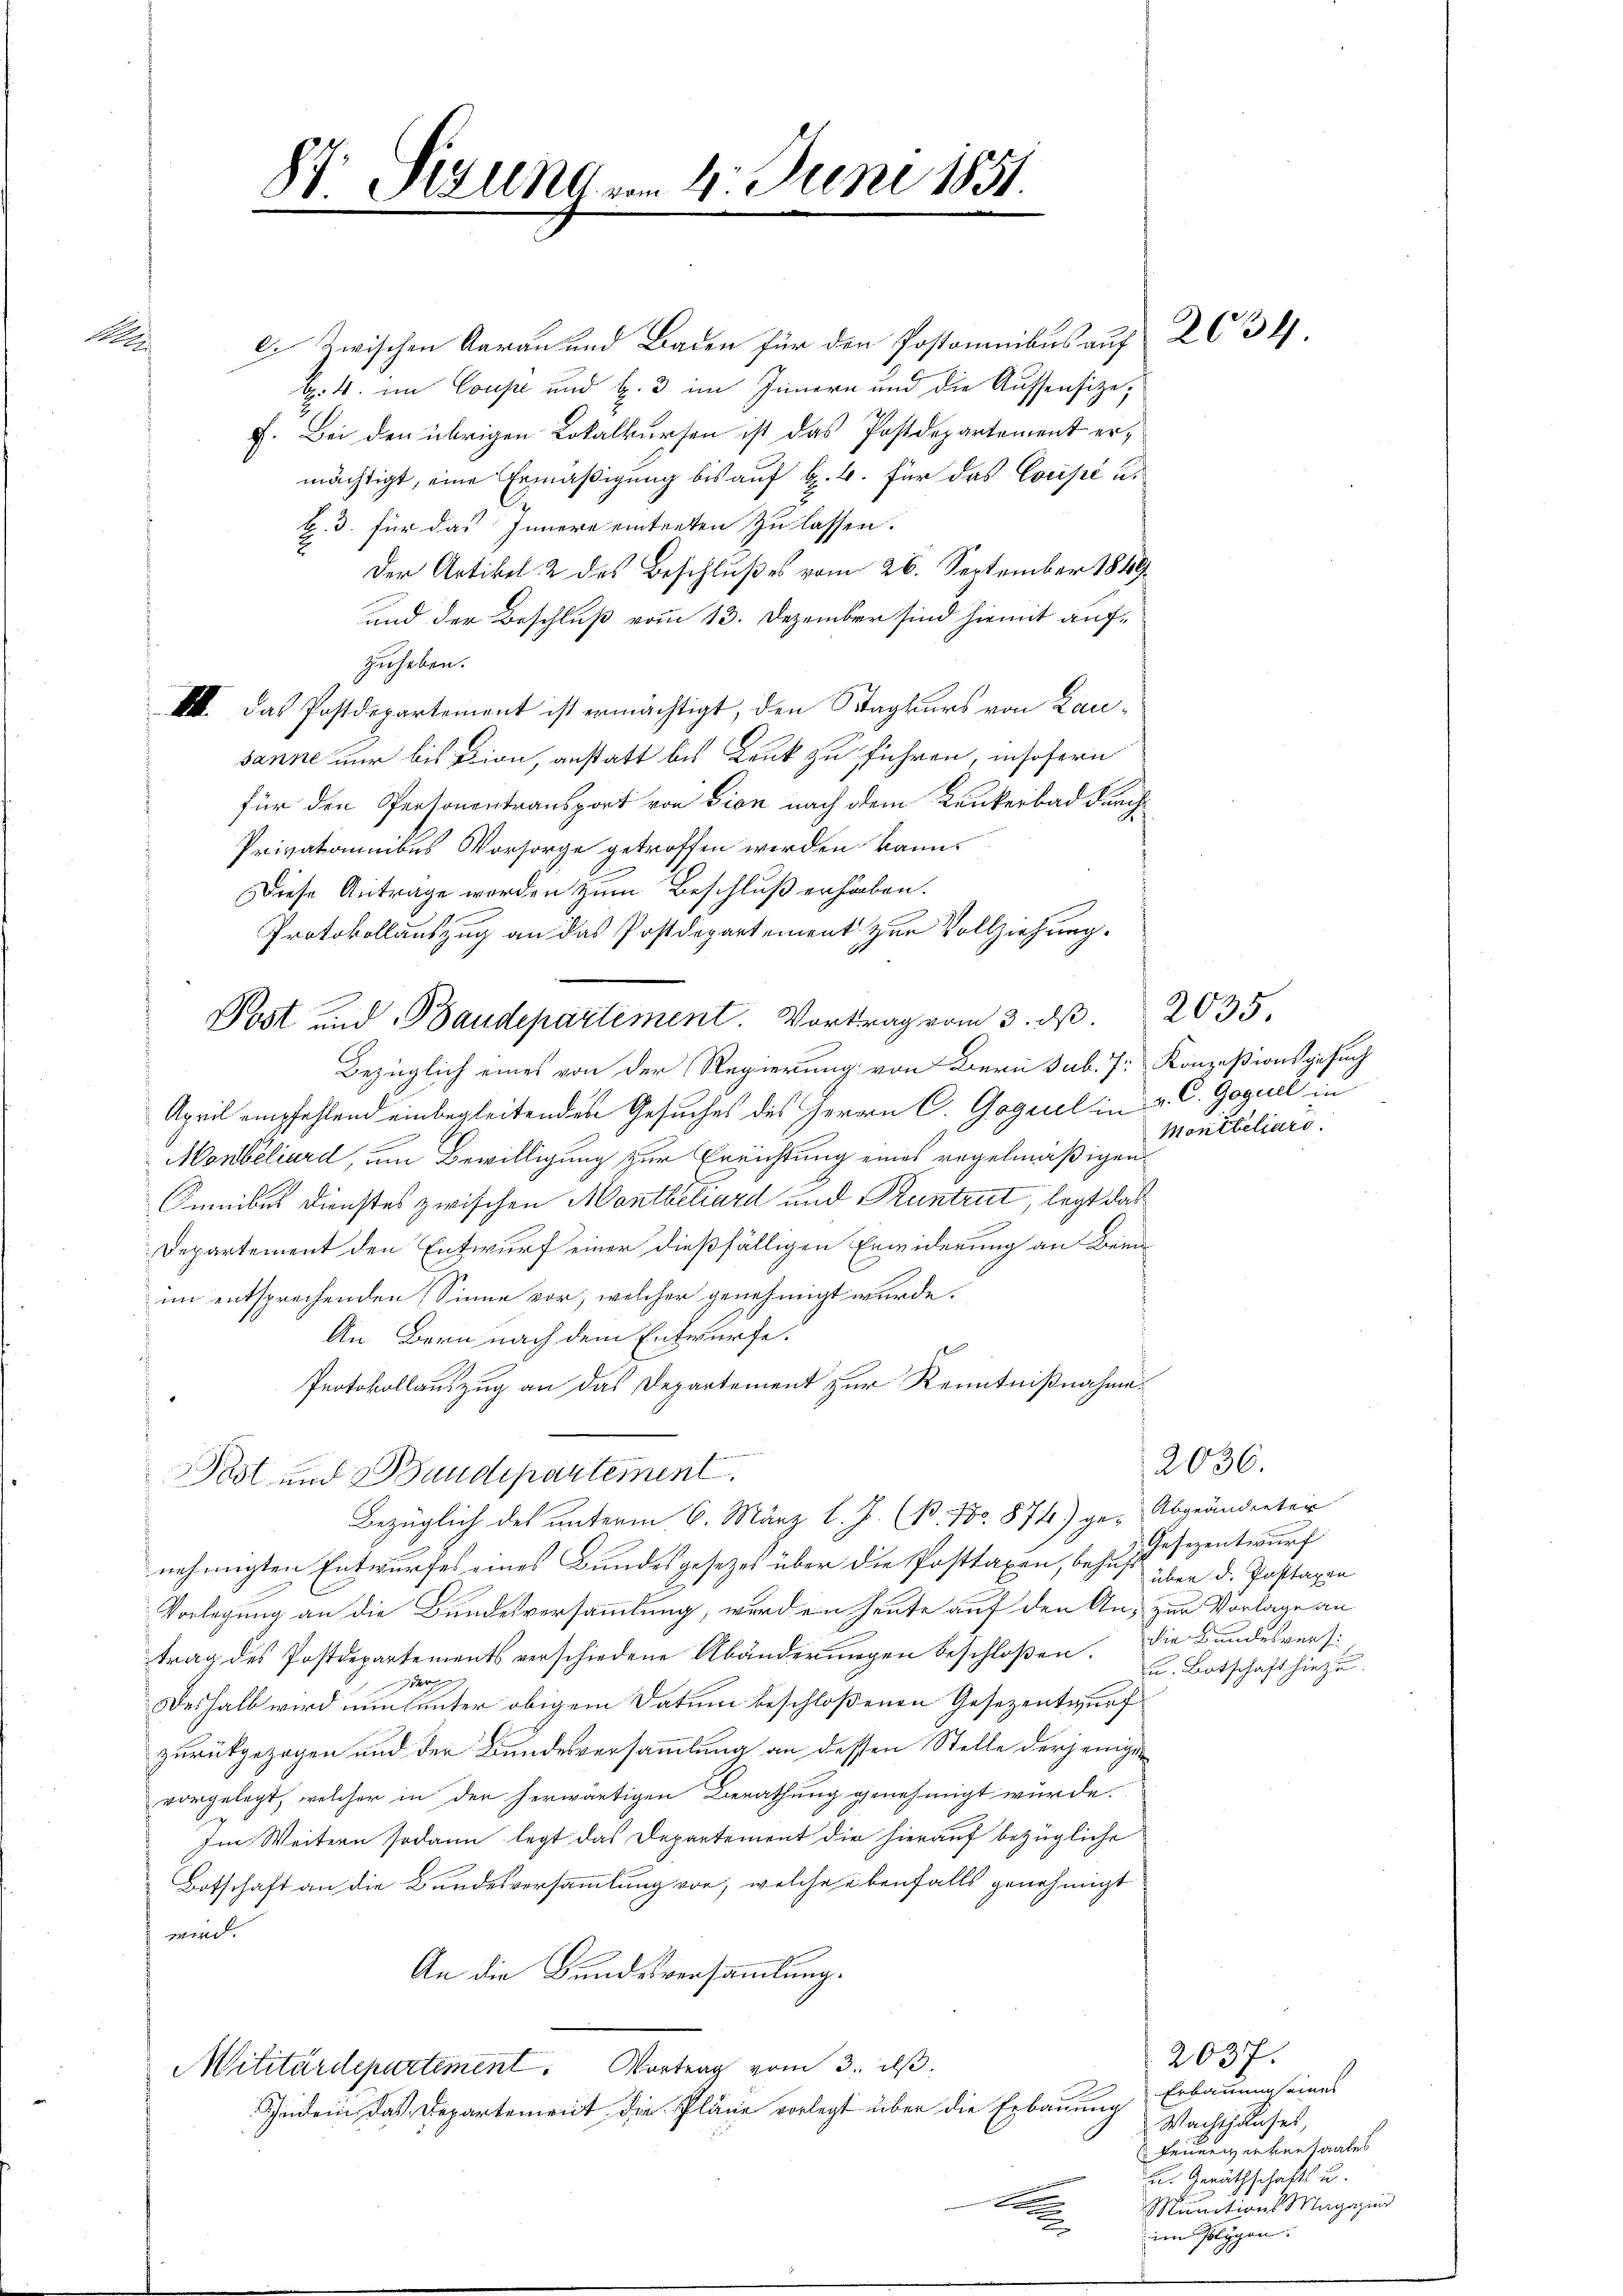
A

e. Zwischen Aarau und Baden für den Postomnibus auf
b. 4. im Coupe und b. 3 im Innern und die Aussensizef. Bei den übrigen Lokalkursen ist das Postdepartement ermächtigt, eine Ermäßigung bis auf k. k. für das Coupé u.
b. 3. für das Innere eintreten zu lassen.
2
Der Artikel 2 des Beschlußes vom 26. September 1849
und der Beschluß vom 13. Dezember sind hiemit aufzuheben.
III. Das Postdepartement ist ermächtigt, den Stagkurs von Lausanne nur bis Dion, anstatt bis Bruk zu führen, insofern
für den Personentransport von Dion nach dem Kunkerbad durc
Privatannibus Vorsorge getroffen werden kann.
Diese Antrage worden zum Beschluß erhaben.
Protokollauszug an das Postdepartement zur Vollziehung.
Bezüglich eines von der Regierung von Bern sub. 7r Konzesionsgesuch
April empfehlend einbegleitenden Gesuches des Herrn C. Goguel in 2. C. Geguel in
Monbeliard, um Bewilligung zur Errichtung eines regelmäßigen
Omnibus Dienstes zwischen Monthetiard und Pruntrut, legt das¬
Departement den Entwurf einer dießfälligen Erwiderung an Beim
im entsprechenden Sinne vor, welcher genehmigt wurde.
An Bern nach dem Entwurfe.
s
Protokollauszug an das Departement zur Kenntnißnahme.
Post und Bundepartement.
Bezüglich des unterm 6. März l. J. (B. No. 874) ge- Abgeändeter
nehmigten Entwurfes eines Bundesgesetzes über die Posttaxen, behufe über d. Posttaxen
Vorlegung an die Bundesversammlung, werden heute auf den An- zur Vorlage an
trag des Postdepartements verschiedene Abänderungen beschloßen:
7
Deshalb wird nun unter obigem Datum beschloßenen Gesezentwurf
zurückgezogen und der Bundesversammlung an dessen Stelle derjenigen
vorgelegt, welcher in der herwärtigen Berathung genehmigt würde.
Im Weitern sodann legt das Departement die hierauf bezügliche
Botschaft an die Bundesversammlung vor, welche ebenfalls genehmigt
wird.
An die Bundesversammlung.
Militärdepartement. Vortrag vom 3. ds.
Jedem, das Departement die Pläne vorlegt über die Erbauung Erbauung seines
.

87. Sisung vom 4. Juni 1851.

Post und Baudepartement. Vortrag vom 3. ds.

.

2634

2035.
Montbeliard.

2036.
Gesezentwurf
die Bundesversi
u. Botschaft hiezu.

2037.
Wachthauses,
Feuerwerversaales
u. Geräthschafts u.
Munitions Magazin
im Polygen.